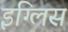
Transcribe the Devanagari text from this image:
इग्लिस